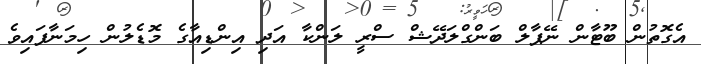
އެގޮތުން ބޫޓާން ނޭޕާލް ބަންގްލަދޭޝް ސްރީ ލަންކާ އަދި އިންޑިއާގެ މޮޑެލުން ހިމަނާފައިވެ